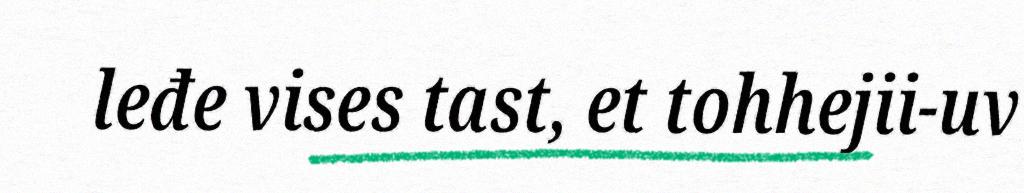
leđe vises tast, et tohhejii-uv